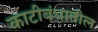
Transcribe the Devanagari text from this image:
काटीबंधातील